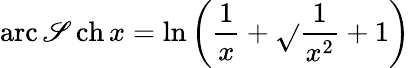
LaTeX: \operatorname{arc\mathscr{S}ch}x=\ln\left({\frac{{1}}{{x}}}+{\sqrt{}{{{\frac{{1}}{{x^{2}}}}+1}}}\right)